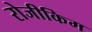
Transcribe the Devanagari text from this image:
रोजीकिम